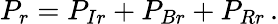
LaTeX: P_{r}=P_{Ir}+P_{Br}+P_{Rr}\, .